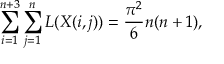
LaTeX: \sum _ { i = 1 } ^ { n + 3 } \sum _ { j = 1 } ^ { n } L ( X ( i , j ) ) = \frac { \pi ^ { 2 } } { 6 } n ( n + 1 ) ,